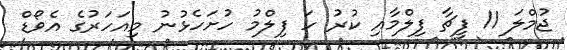
ޖުމްލަ 11 ފީޗާ ފިލްމާއި ކުރު ހަ ފިލްމު ހުށަހެޅުނު މިއަހަރުގެ އެވޯޑް